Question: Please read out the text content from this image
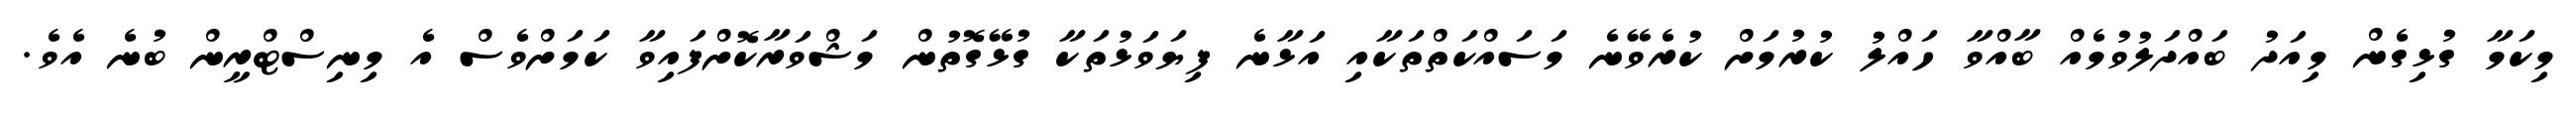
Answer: މިކަމާ ގުޅިގެން މިއަދު ބައްދަލުވުމެއް ބާއްވާ ހައްލު ކުރުމަށް ކުރެވޭނެ މަސައްކަތްތަކާއި އަޅާނެ ފިޔަވަޅުތަކާ ގުޅޭގޮތުން މަޝްވަރާކޮށްފައިވާ ކަމަށްވެސް އެ މިނިސްޓްރީން ބުނެ އެވެ.